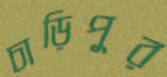
চাড়িপুর